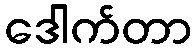
ဒေါက်တာ